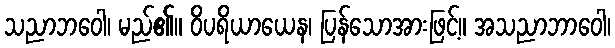
သညာဘဝေါ၊ မည်၏။ ဝိပရိယာယေန၊ ပြန်သောအားဖြင့်။ အသညာဘာဝေါ၊